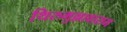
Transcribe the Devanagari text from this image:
थिरुमुल्लावाराम